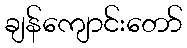
ချန်ကျောင်းတော်